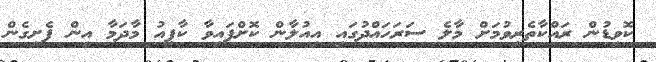
ކޮވިޑުން ރައްކާތެރިވުމަށް މާލެ ސަރަހައްދުގައި އިއުލާން ކޮށްފައިވާ ކާފިއު މާދަމާ އިން ފެށިގެން